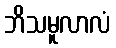
ဘိသမူလာလံ